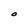
Character: O